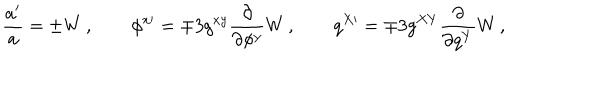
LaTeX: \frac { a ^ { \prime } } { a } = \pm W \, , \qquad \phi ^ { x \prime } = \mp 3 g ^ { x y } \frac { \partial } { \partial \phi ^ { y } } W \, , \qquad q ^ { X \prime } = \mp 3 g ^ { X Y } \frac { \partial } { \partial q ^ { Y } } W \, ,